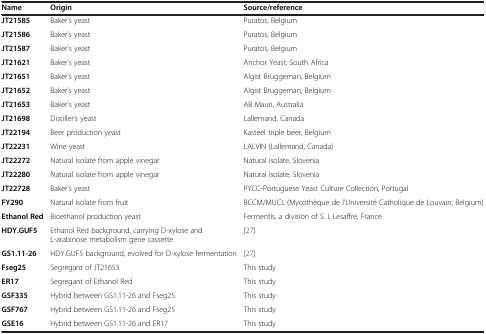
<table><thead><tr><td><b>Name</b></td><td><b>Origin</b></td><td><b>Source/reference</b></td></tr></thead><tbody><tr><td><b>JT21585</b></td><td>Baker’s yeast</td><td>Puratos, Belgium</td></tr><tr><td><b>JT21586</b></td><td>Baker’s yeast</td><td>Puratos, Belgium</td></tr><tr><td><b>JT21587</b></td><td>Baker’s yeast</td><td>Puratos, Belgium</td></tr><tr><td><b>JT21621</b></td><td>Baker’s yeast</td><td>Anchor Yeast, South Africa</td></tr><tr><td><b>JT21651</b></td><td>Baker’s yeast</td><td>Algist Bruggeman, Belgium</td></tr><tr><td><b>JT21652</b></td><td>Baker’s yeast</td><td>Algist Bruggeman, Belgium</td></tr><tr><td><b>JT21653</b></td><td>Baker’s yeast</td><td>AB Mauri, Australia</td></tr><tr><td><b>JT21698</b></td><td>Distiller’s yeast</td><td>Lallemand, Canada</td></tr><tr><td><b>JT22194</b></td><td>Beer production yeast</td><td>Kasteel triple beer, Belgium</td></tr><tr><td><b>JT22231</b></td><td>Wine yeast</td><td>LALVIN (Lallemand, Canada)</td></tr><tr><td><b>JT22272</b></td><td>Natural isolate from apple vinegar</td><td>Natural isolate, Slovenia</td></tr><tr><td><b>JT22280</b></td><td>Natural isolate from apple vinegar</td><td>Natural isolate, Slovenia</td></tr><tr><td><b>JT22728</b></td><td>Baker’s yeast</td><td>PYCC-Portuguese Yeast Culture Collection, Portugal</td></tr><tr><td><b>FY290</b></td><td>Natural isolate from fruit</td><td>BCCM/MUCL (Mycothèque de l&#x27;Université Catholique de Louvain; Belgium)</td></tr><tr><td><b>Ethanol Red</b></td><td>Bioethanol production yeast</td><td>Fermentis, a division of S. I. Lesaffre, France</td></tr><tr><td><b>HDY.GUF5</b></td><td>Ethanol Red background, carrying D-xylose and L-arabinose metabolism gene cassette</td><td>[27]</td></tr><tr><td><b>GS1.11-26</b></td><td>HDY.GUF5 background, evolved for D-xylose fermentation</td><td>[27]</td></tr><tr><td><b>Fseg25</b></td><td>Segregant of JT21653</td><td>This study</td></tr><tr><td><b>ER17</b></td><td>Segregant of Ethanol Red</td><td>This study</td></tr><tr><td><b>GSF335</b></td><td>Hybrid between GS1.11-26 and Fseg25</td><td>This study</td></tr><tr><td><b>GSF767</b></td><td>Hybrid between GS1.11-26 and Fseg25</td><td>This study</td></tr><tr><td><b>GSE16</b></td><td>Hybrid between GS1.11-26 and ER17</td><td>This study</td></tr></tbody></table>